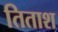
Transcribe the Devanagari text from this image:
तिताश